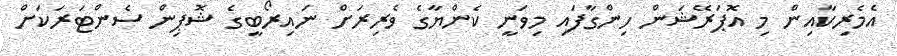
އެމެރިކާއިން މި އޮޕަރޭޝަން ހިންގާފައި މިވަނީ ކެންޔާގެ ވެރިރަށް ނައިރޯބީގެ ޝޮޕިން ސެންޓަރަކަށް